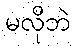
မလိုဘဲ